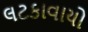
લટકાવાયો